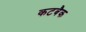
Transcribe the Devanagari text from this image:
कटबैक